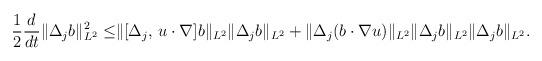
LaTeX: \begin{align*}\frac12\frac{d}{dt}\|{\Delta}_j b\|^2_{L^2}\leq &\|[{\Delta}_j,\,u\cdot \nabla]b\|_{L^2}\|{\Delta}_j b\|_{L^2}+\|{\Delta}_j(b\cdot \nabla u)\|_{L^2}\|{\Delta}_j b\|_{L^2}\|{\Delta}_j b\|_{L^2}.\end{align*}